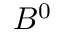
B ^ { 0 }